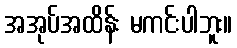
အအုပ်အထိန်း မကင်းပါဘူး။